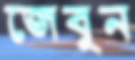
জেবুন